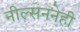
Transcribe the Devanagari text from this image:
नील्सननेही